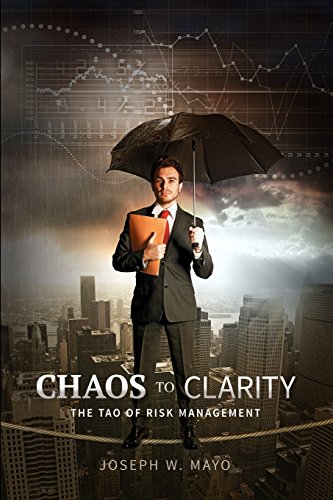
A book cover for Chaos to Clarity - The Tao of Risk Management; Joseph W Mayo; Business & Money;